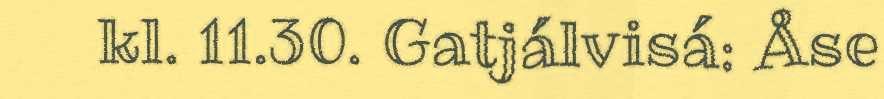
kl. 11.30. Gatjálvisá: Åse